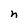
Character: n